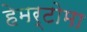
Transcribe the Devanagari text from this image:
हेमर्टोमा